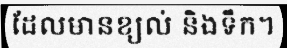
ដែលមានខ្យល់ និងទឹក។